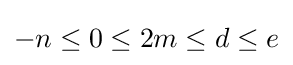
-n\leq 0\leq 2m\leq d\leq e